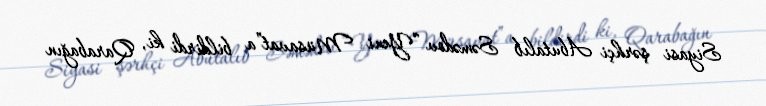
Siyasi şərhçi Abutalıb Səmədov “Yeni Müsavat”a bildirdi ki, Qarabağın